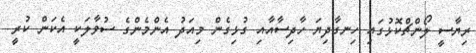
ރިޔާސީ ލޯންޗްކޮޅުގައި ހިނގާދިޔަ ހާދިސާއާއި ގުޅިގެން މިއަދު އެންމެންގެ ސުވާލަކީ އެކަން ކުރީ